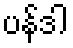
ပန်ဒါ